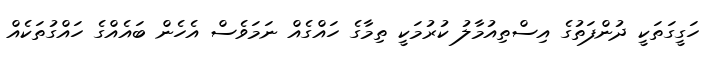
ހަގީގަތަކީ ދުންފަތުގެ އިސްތިއުމާލު ކުރުމަކީ ތިމާގެ ހައްގެއް ނަމަވެސް އެހެން ބައެއްގެ ހައްގުތަކެއް